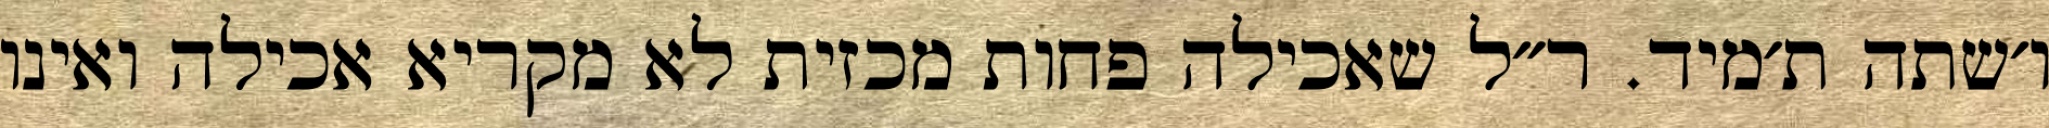
ו׳שתה ת׳מיד. ר״ל שאכילה פחות מכזית לא מקריא אכילה ואינו